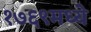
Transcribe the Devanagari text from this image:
१७६९मध्ये